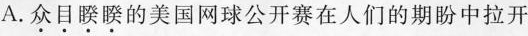
A.\underset{·}{众}\underset{·}{目}\underset{·}{睽}\underset{·}{睽}的美国网球公开赛在人们的期盼中拉开